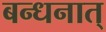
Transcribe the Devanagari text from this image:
बन्धनात्